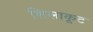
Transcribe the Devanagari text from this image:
शिलाकूट